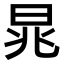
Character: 晁